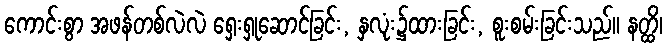
ကောင်းစွာ အဖန်တစ်လဲလဲ ရှေးရှုဆောင်ခြင်း, နှလုံး၌ထားခြင်း, စူးစမ်းခြင်းသည်။ နတ္ထိ၊